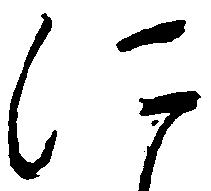
に